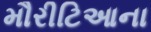
મૌરીટિઆના